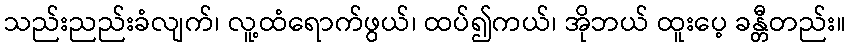
သည်းညည်းခံလျက်၊ လူ့ထံရောက်ဖွယ်၊ ထပ်၍ကယ်၊ အိုဘယ် ထူးပေ့ ခန္တီတည်း။